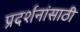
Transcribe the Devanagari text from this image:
प्रदर्शनांसाठी